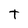
Character: T